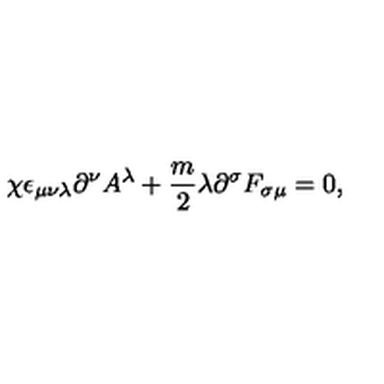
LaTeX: \chi \epsilon _ { \mu \nu \lambda } \partial ^ { \nu } A ^ { \lambda } + \frac { m } { 2 } \lambda \partial ^ { \sigma } F _ { \sigma \mu } = 0 ,